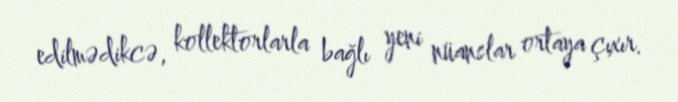
edilmədikcə, kollektorlarla bağlı yeni nüanslar ortaya çıxır.